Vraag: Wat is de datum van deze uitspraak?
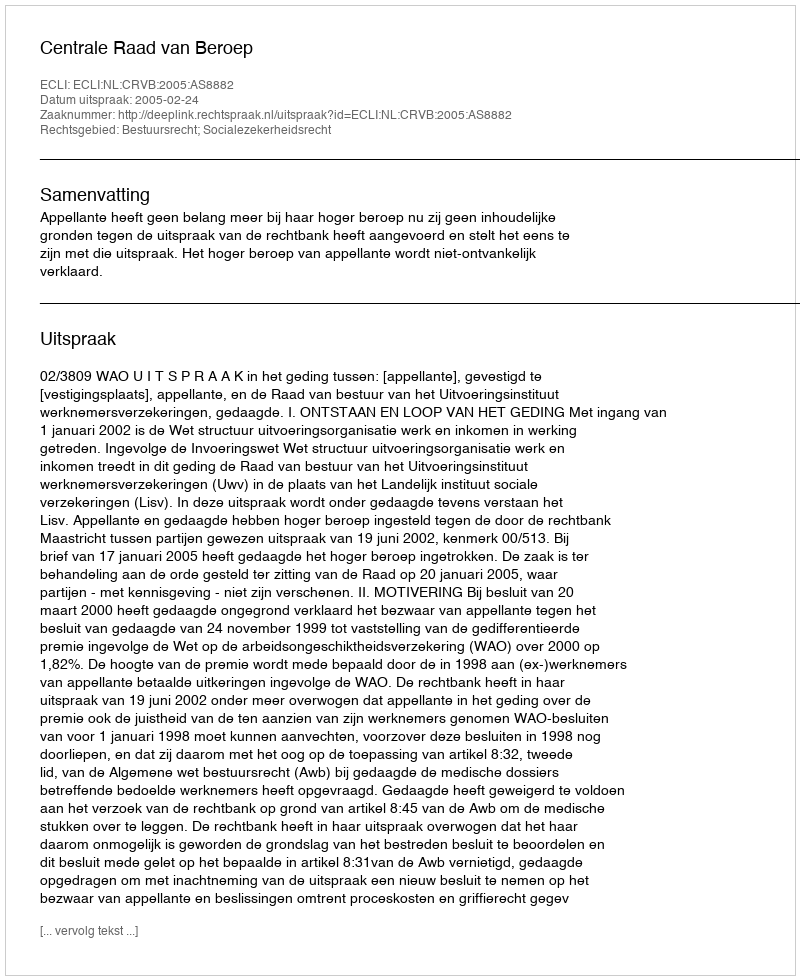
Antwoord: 2005-02-24